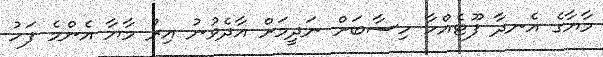
މާޔާގެ އެނދާ ފޫޓެއްހާ ހިސާބަށް ނަދީމަށް އާދެވުނު އިރު މާޔާ އެންމެ ފަހު